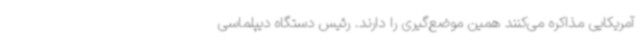
آمریکایی مذاکره می‌کنند همین موضع‌گیری را دارند. رئیس دستگاه دیپلماسی